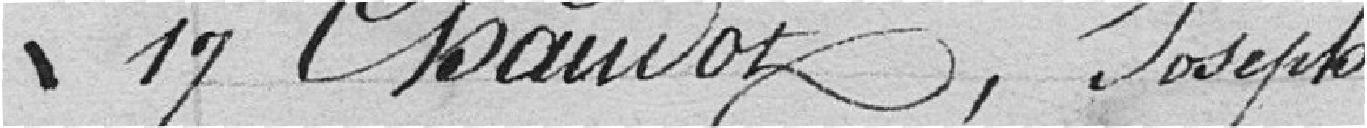
17 Chaudot, Joseph